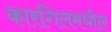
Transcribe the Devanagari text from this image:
कारगिलमधील